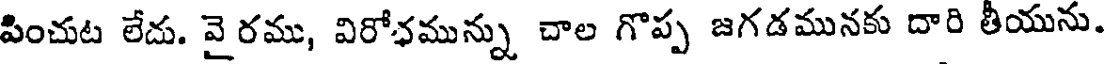
పించుట లేదు. వై రము, విరోఛమున్ను చాల గొప్ప జగడమునకు దారి తీయును